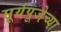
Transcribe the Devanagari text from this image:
सूर्यपूजेच्या